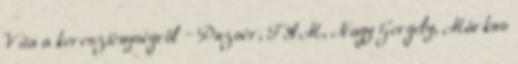
Vita a kereszténységről – Puzsér, FAM, Nagy Gergely, Márkus